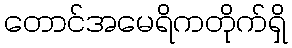
တောင်အမေရိကတိုက်ရှိ